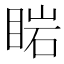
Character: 𥇷